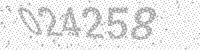
Solution: 024258